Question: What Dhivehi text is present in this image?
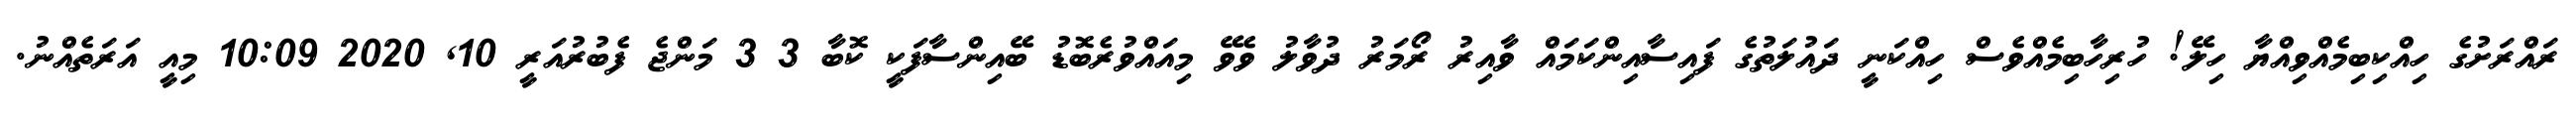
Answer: ރައްރަށުގެ ހިއްކިބިމެއްވިއްޔާ ހިލޭ! ހުރިހާބިމެއްވެސް ހިއްކަނީ ދައުލަތުގެ ފައިސާއިންކަމައް ވާއިރު ރޯމަރު ދުވާލު ވެވޭ މިއައްވުރެބޮޑު ބޭއިންސާފަކީ ކޮބާ 3 3 މަންޖެ ފެބުރުއަރީ 10, 2020 10:09 މިއީ އަރަތެއްނު.